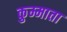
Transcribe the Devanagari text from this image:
कुम्माता